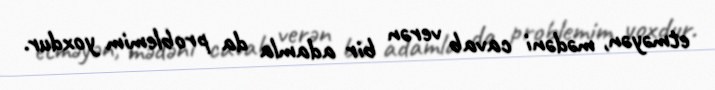
etməyən, mədəni cavab verən bir adamla da problemim yoxdur.